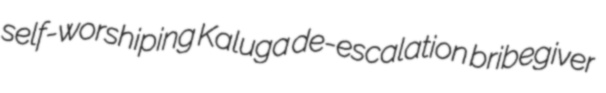
self-worshiping Kaluga de-escalation bribegiver